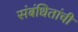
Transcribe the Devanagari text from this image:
संबंधितांची